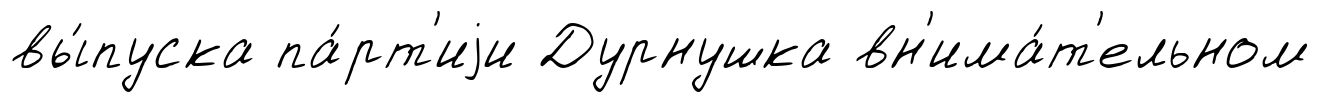
вы́пуска па́рт'иjи Дурнушка вн'има́т'ельном